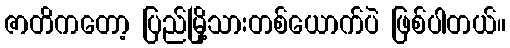
ဇာတိကတော့ ပြည်မြို့သားတစ်ယောက်ပဲ ဖြစ်ပါတယ်။